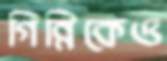
গিন্নিকেও